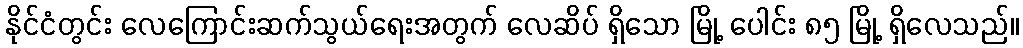
နိုင်ငံတွင်း လေကြောင်းဆက်သွယ်ရေးအတွက် လေဆိပ် ရှိသော မြို့ ပေါင်း ၈၅ မြို့ ရှိလေသည်။